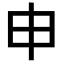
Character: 申